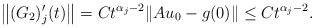
LaTeX: \begin{align*} \left\|(G_2)_j'(t)\right\| = C t^{\alpha_j-2} \|Au_0 - g(0)\| \leq Ct^{\alpha_j-2}. \end{align*}